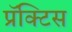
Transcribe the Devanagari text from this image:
प्रॅक्‍टिस